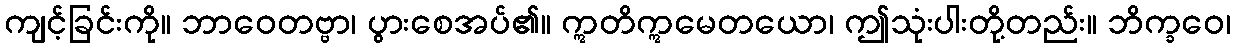
ကျင့်ခြင်းကို။ ဘာဝေတဗ္ဗာ၊ ပွားစေအပ်၏။ ဣတိဣမေတယော၊ ဤသုံးပါးတို့တည်း။ ဘိက္ခဝေ၊